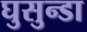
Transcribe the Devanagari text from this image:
घुसुन्डा